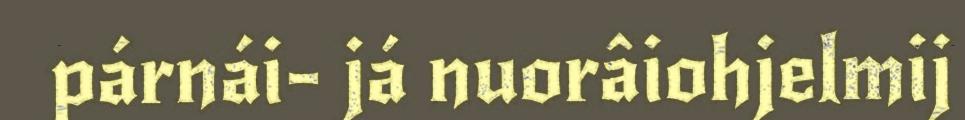
párnái- já nuorâiohjelmij